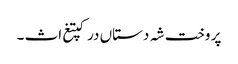
پر وخت شہ دستاں درکپتغ اث ۔